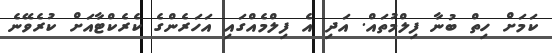
ކަމަށް ހިތް ބުނާ ފިލްމުތައް. އަދި އެ ފިލްމެއްގައި އަހަރެންގެ ކެރެކްޓާއަށް ކުރެވޭނެ